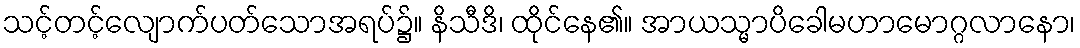
သင့်တင့်လျောက်ပတ်သောအရပ်၌။ နိသီဒိ၊ ထိုင်နေ၏။ အာယသ္မာပိခေါမဟာမောဂ္ဂလာနော၊